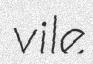
vile